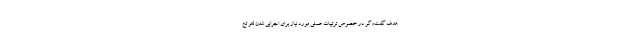
هدف گفت‌وگو در خصوص ترتیبات عملی مورد نیاز برای اجرایی شدن لغو تح